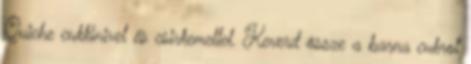
Quiche cukkinivel és csirkemellel. Keverd össze a barna cukrot